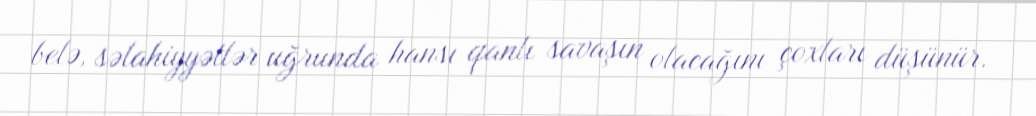
belə, səlahiyyətlər uğrunda hansı qanlı savaşın olacağını çoxları düşünür.